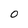
Character: 0